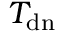
T _ { \mathrm { d n } }